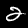
Label: 2